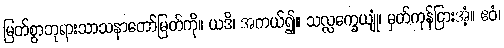
မြတ်စွာဘုရားသာသနာတော်မြတ်ကို။ ယဒိ၊ အကယ်၍။ သလ္လက္ခေယျုံ၊ မှတ်ကုန်ငြားအံ့။ ဧဝံ၊